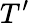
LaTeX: T’